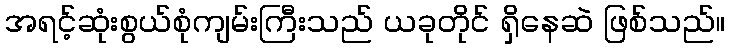
အရင့်ဆုံးစွယ်စုံကျမ်းကြီးသည် ယခုတိုင် ရှိနေဆဲ ဖြစ်သည်။